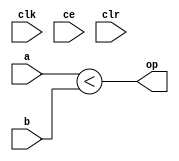
module sysgen_relational_860373682b (
  input [(32 - 1):0] a,
  input [(32 - 1):0] b,
  output [(1 - 1):0] op,
  input clk,
  input ce,
  input clr);
  wire signed [(32 - 1):0] a_1_31;
  wire signed [(32 - 1):0] b_1_34;
  localparam [(1 - 1):0] const_value = 1'b1;
  wire result_16_3_rel;
  assign a_1_31 = a;
  assign b_1_34 = b;
  assign result_16_3_rel = a_1_31 < b_1_34;
  assign op = result_16_3_rel;
endmodule